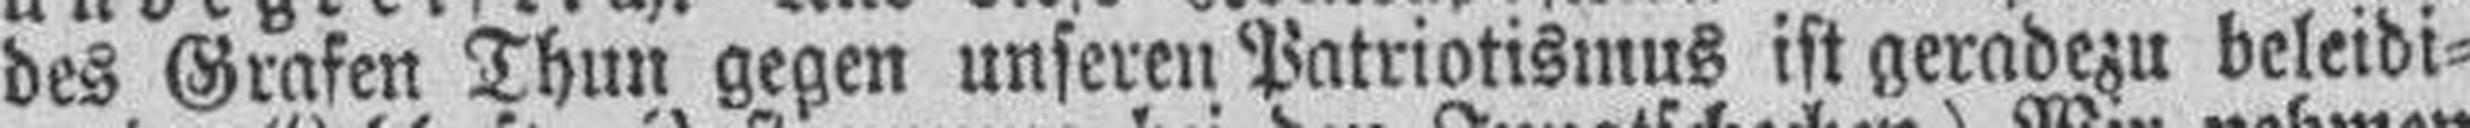
des Grafen Thun gegen unseren Patriotismus ist geradezu beleidi¬